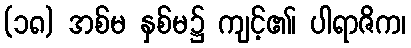
(၁၈) အစ်မ နှစ်မ၌ ကျင့်၏၊ ပါရာဇိက၊